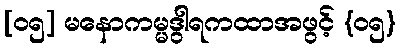
[၀၅] မနောကမ္မဒွါရကထာအဖွင့် {၀၅}